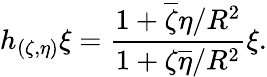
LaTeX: h_{(\zeta,\eta)}\xi=\frac{1+\overline{{\zeta}}\eta/R^{2}}{1+\zeta\overline{{\eta}}/R^{2}}\xi.